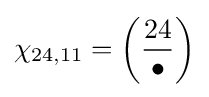
\chi _{24,11}=\left({\frac {24}{\bullet }}\right)